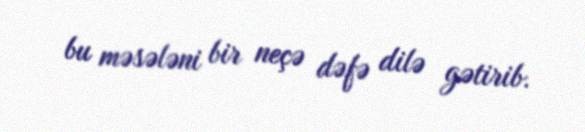
bu məsələni bir neçə dəfə dilə gətirib.